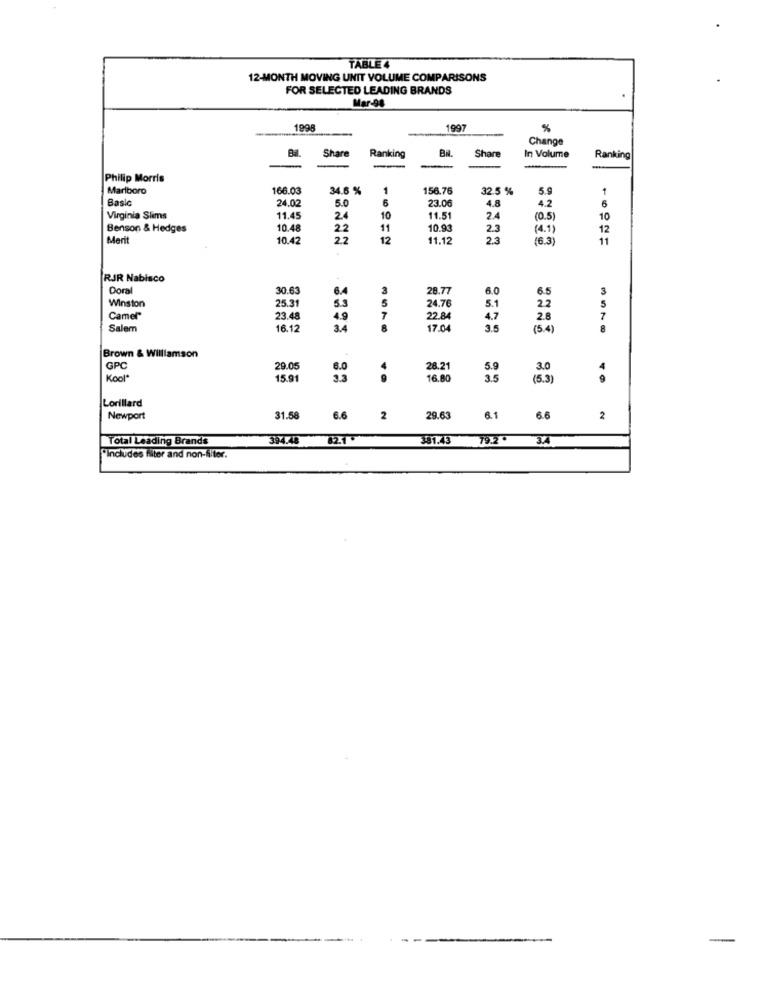
TABLE 4
12-MONTH MOVING UNIT VOLUME COMPARISONS
FOR SELECTED LEADING BRANDS
Mar-94
1998
1997
%
Change
Share
Share
Ranking
In Volume
Ranking
Philip Morris
Marlboro
166.03
34.6 %
1
156.76
32.5 %
5.9
1
Basle
24.02
5.0
6
23.06
4.8
6
4.2
Virginia Slims
11.45
24
10
11.5
24
(0.5)
10
Benson & Hedges
10.48
22
11
10.93
2.3
(4.1)
12
Merit
10.42
22
12
11.12
23
(6.3)
11
RJR Nabisco
Doral
30.63
6.4
3
28.77
6.0
6.5
Winston
25.31
5
22
5
5.3
24.76
5.1
Camel"
23.48
4.9
7
22.84
4.7
2.8
Salem
16.17
3.4
8
17.04
3.5
(5.4
8
Brown & Williamson
GPC
29.05
4
28.21
5.9
3.0
4
Kool"
15.91
16.80
3.5
(5.3)
Lorillard
Newport
31.58
6.6
2
29.63
6.1
6.6
2
Total Leading Brands
394.48
82.1.
381.43 79.2 3.4
"Includes filter and non-S/ter.